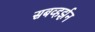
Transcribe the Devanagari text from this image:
सबव्हर्झन